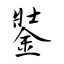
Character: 銺